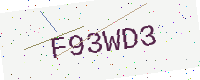
Text: F93WD3